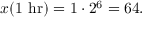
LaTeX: x ( 1 { \mathrm { ~ h r } } ) = 1 \cdot 2 ^ { 6 } = 6 4 .